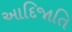
આદિજાતિ